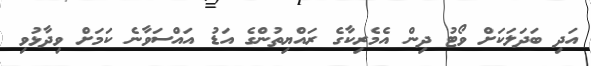
އަދި ބަދަލަކަށް ވޯޓު ދިން އެމެރިކާގެ ރައްޔިތުންގެ އަޑު އައްސަވާނެ ކަމަށް ވިދާޅުވި